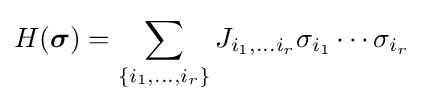
H({\boldsymbol {\sigma }})=\sum _{\{i_{1},\ldots ,i_{r}\}}J_{i_{1},\ldots i_{r}}\sigma _{i_{1}}\cdots \sigma _{i_{r}}